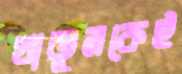
খাতুনকেই